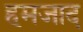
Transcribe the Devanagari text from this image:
हमजाद